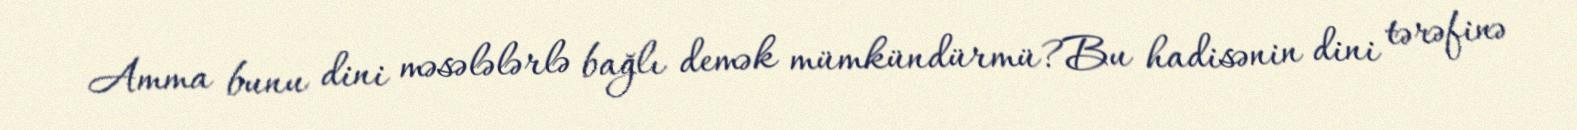
Amma bunu dini məsələlərlə bağlı demək mümkündürmü?Bu hadisənin dini tərəfinə